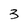
Character: 3